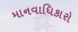
માનવાધિકારો